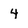
Character: 4